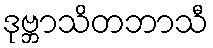
ဒုဗ္ဘာသိတဘာသီ